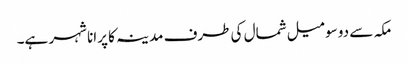
مکہ سے دو سو میل شمال کی طرف مدینہ کا پرانا شہر ہے۔